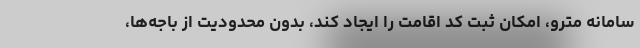
سامانه مترو، امکان ثبت کد اقامت را ایجاد کند، بدون محدودیت از باجه‌ها،